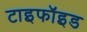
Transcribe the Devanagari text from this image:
टाइफॉइड